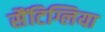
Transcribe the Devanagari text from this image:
सैंटिग्लिया